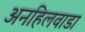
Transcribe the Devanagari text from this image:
अनहिलवाडा